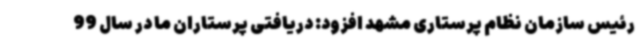
رئیس سازمان نظام پرستاری مشهد افزود: دریافتی پرستاران ما در سال 99